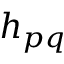
h _ { p q }